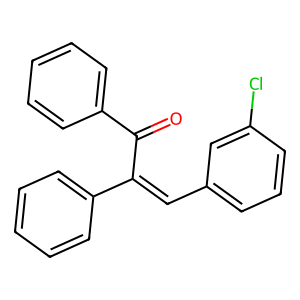
SMILES: O=C(C(=Cc1cccc(Cl)c1)c1ccccc1)c1ccccc1
Inhibits HIV replication: No